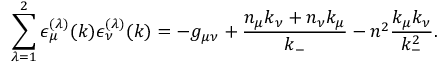
\sum _ { { \lambda } = 1 } ^ { 2 } { \epsilon } _ { \mu } ^ { ( { \lambda } ) } ( k ) { \epsilon } _ { \nu } ^ { ( { \lambda } ) } ( k ) = - g _ { { \mu } { \nu } } + \frac { n _ { \mu } k _ { \nu } + n _ { \nu } k _ { \mu } } { k _ { - } } - n ^ { 2 } \frac { k _ { \mu } k _ { \nu } } { k _ { - } ^ { 2 } } .